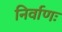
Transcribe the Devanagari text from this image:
निर्वाणः